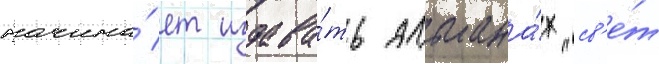
начина́ет издава́ть альмана́х "св'е́т